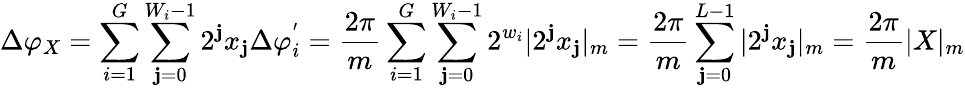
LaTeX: \Delta\varphi_{X}=\sum_{i=1}^{G}\sum_{\mathbf{j}=0}^{W_{i}-1}2^{\mathbf{j}}x_{\mathbf{j}}\Delta\varphi_{i}^{'}=\frac{{2\pi}}{{m}}\sum_{i=1}^{G}\sum_{\mathbf{j}=0}^{W_{i}-1}2^{w_{i}}|2^{\mathbf{j}}x_{\mathbf{j}}|_{m}=\frac{{2\pi}}{{m}}\sum_{\mathbf{j}=0}^{L-1}|2^{\mathbf{j}}x_{\mathbf{j}}|_{m}=\frac{{2\pi}}{{m}}|X|_{m}